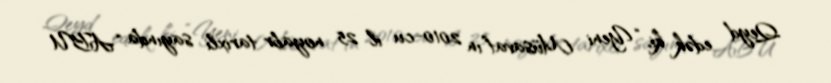
Qeyd edək ki, “Yeni Müsavat”ın 2010-cu il 25 noyabr tarixli sayında “ABU